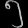
Digit: ၅